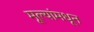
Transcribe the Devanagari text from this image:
मूल्‍यांमधून